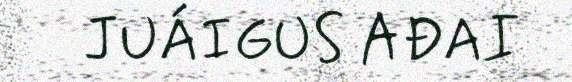
JUÁIGUS AĐAI